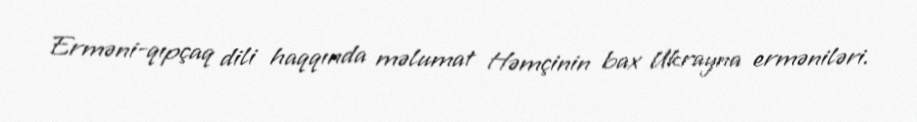
Erməni-qıpçaq dili haqqında məlumat Həmçinin bax Ukrayna erməniləri.